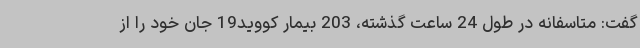
گفت: متاسفانه در طول 24 ساعت گذشته، 203 بیمار کووید19 جان خود را از